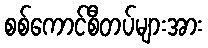
စစ်ကောင်စီတပ်များအား